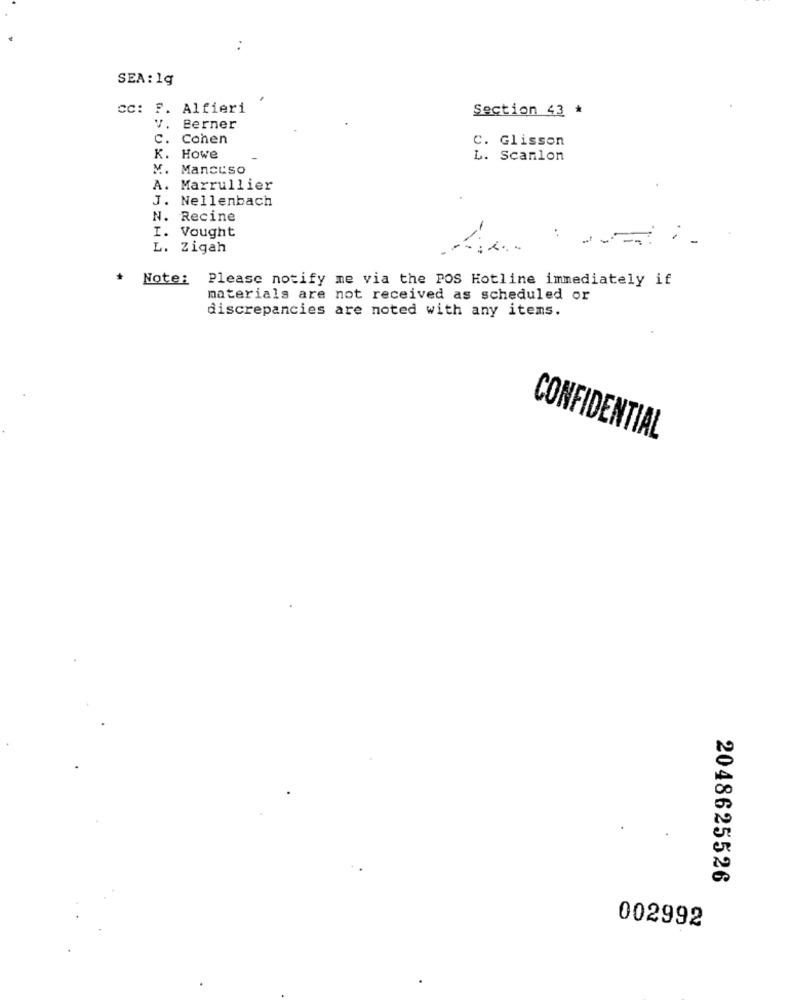
SEA: 19
CC: F. Alfieri
Section 43 *
V.
Berner
C.
Conen
C. Glisson
K. Howe
L. Scanlon
M. Mancuso
A.
Marrullier
J. Nellenbach
N. Recine
I. Vought
L. Zigah
Note:
Please notify me via the POS Hotline immediately if
materials are not received as scheduled or
discrepancies are noted with any items.
CONFIDENTIAL
2048625526
002992